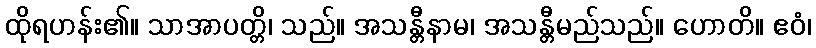
ထိုရဟန်း၏။ သာအာပတ္တိ၊ သည်။ အသန္တီနာမ၊ အသန္တီမည်သည်။ ဟောတိ။ ဧဝံ၊